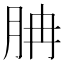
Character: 䏥